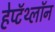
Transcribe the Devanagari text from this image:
हेप्टॅथ्‍लॉन